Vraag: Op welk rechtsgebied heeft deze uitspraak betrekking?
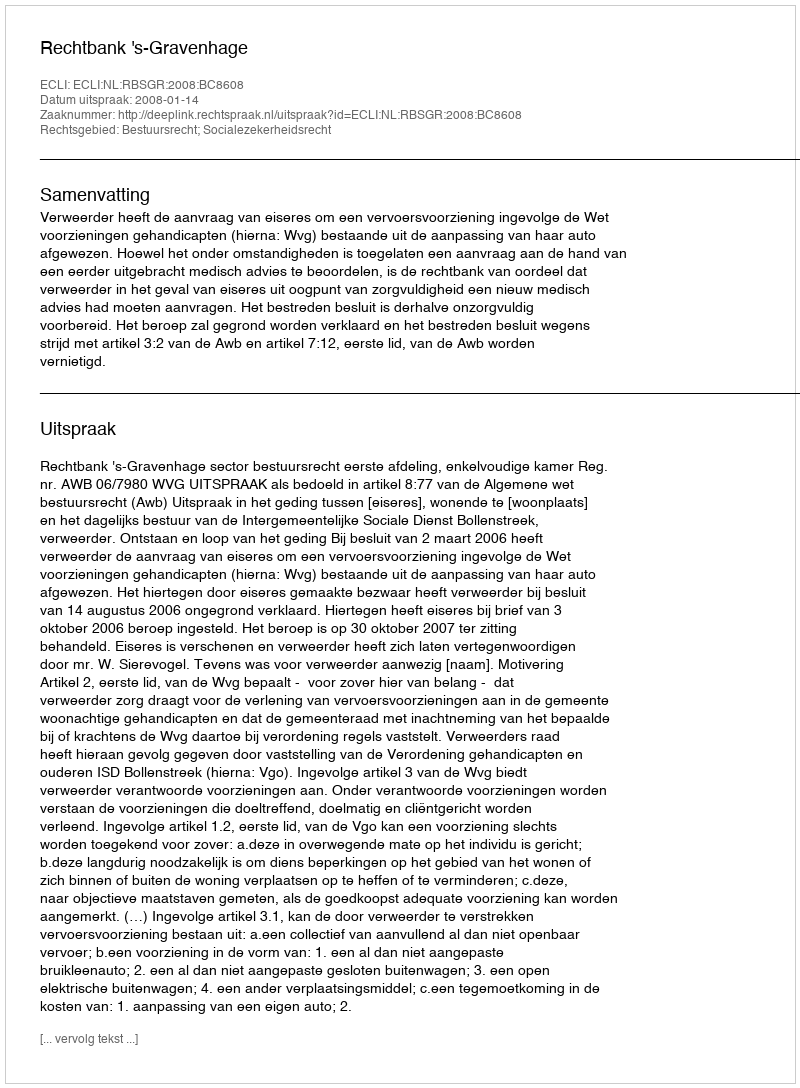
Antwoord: Bestuursrecht; Socialezekerheidsrecht